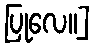
ပြုလေ။]